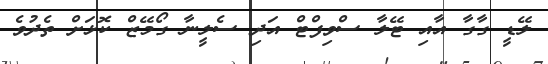
ލޭޑީ ގާގާ އާއި ޓޭލާ ސްވިފްޓް އަދި ސެލީނާ ގޯމޭޒް ކޮޅަށް ތެދުވެ